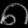
Digit: ၈